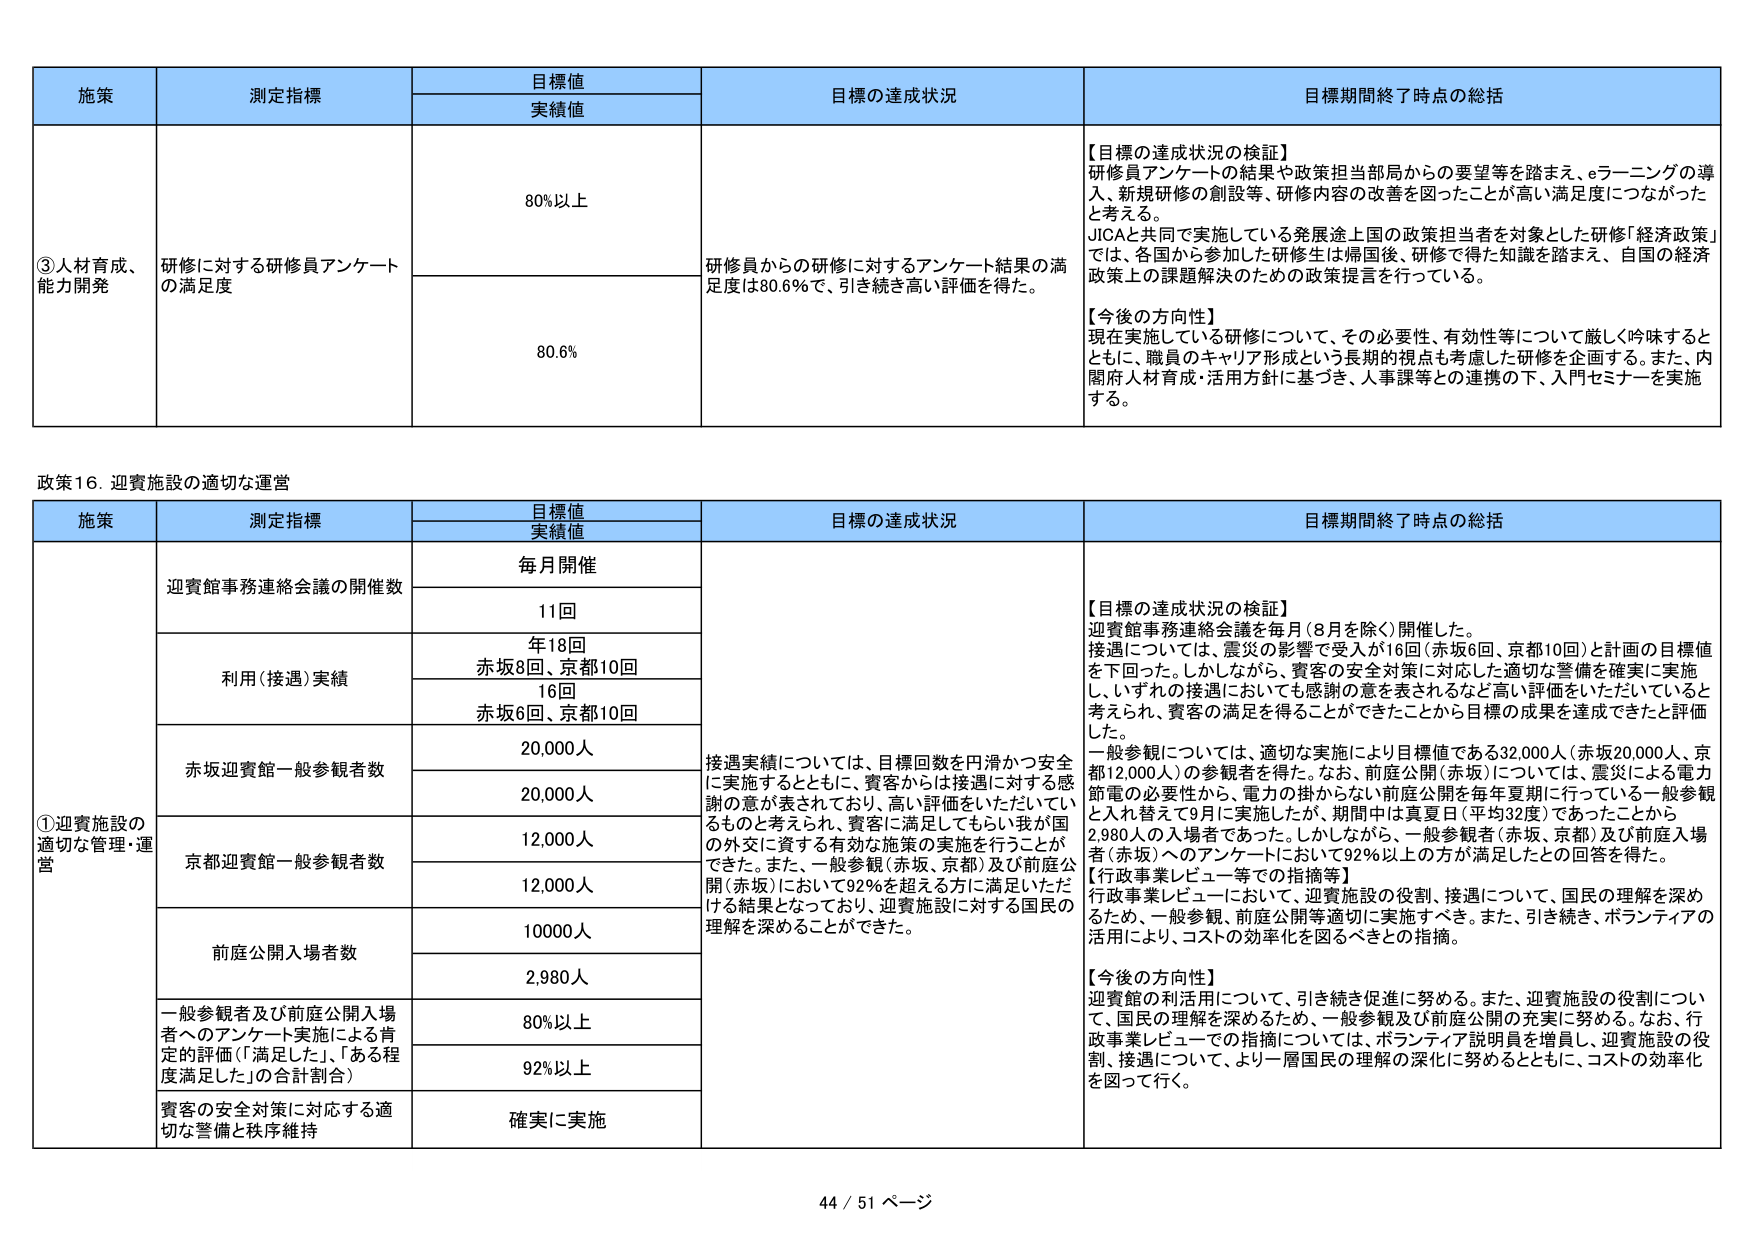
施策 測定指標 目標値 実績値 目標の達成状況 目標期間終了時点の総括 ③人材育成、能力開発 研修に対する研修員アンケートの満足度 80%以上 研修員からの研修に対するアンケート結果の満足度は80.6%で、引き続き高い評価を得た。 【目標の達成状況の検証】 研修員アンケートの結果や政策担当部局からの要望等を踏まえ、eラーニングの導入、新規研修の創設等、研修内容の改善を図ったことが高い満足度につながったと考える。 JICAと共同で実施している発展途上国の政策担当者を対象とした研修「経済政策」では、各国から参加した研修生は帰国後、研修で得た知識を踏まえ、自国の経済政策上の課題解決のための政策提言を行っている。 【今後の方向性】 現在実施している研修について、その必要性、有効性等について厳しく吟味するとともに、職員のキャリア形成という長期的視点も考慮した研修を企画する。また、内閣府人材育成・活用方針に基づき、人事課等との連携の下、入門セミナーを実施する。 80.6% 政策16. 迎賓施設の適切な運営 施策 測定指標 目標値 実績値 目標の達成状況 目標期間終了時点の総括 ①迎賓施設の適切な管理・運営 迎賓館事務連絡会議の開催数 毎月開催 11回 接遇実績については、目標回数を円滑かつ安全に実施するとともに、賓客からは接遇に対する感謝の意が表されており、高い評価をいただいているものと考えられ、賓客に満足してもらい我が国の外交に資する有効な施策の実施を行うことができた。また、一般参観（赤坂、京都）及び前庭公開（赤坂）において92％を超える方に満足いただける結果となっており、迎賓施設に対する国民の理解を深めることができた。 【目標の達成状況の検証】 迎賓館事務連絡会議を毎月（8月を除く）開催した。 接遇については、震災の影響で受入が16回（赤坂6回、京都10回）と計画の目標値を下回った。しかしながら、賓客の安全対策に対応した適切な警備を確実に実施し、いずれの接遇においても感謝の意を表されるなど高い評価をいただいていると考えられ、賓客の満足を得ることができたことから目標の成果を達成できたと評価した。 一般参観については、適切な実施により目標値である32,000人（赤坂20,000人、京都12,000人）の参観者を得た。なお、前庭公開（赤坂）については、震災による電力節電の必要性から、電力の掛けられない前庭公開を毎年夏期に行っている一般参観と入れ替えで9月に実施したが、期間中は真夏日（平均32度）であったことから2,980人の入場者であった。しかしながら、一般参観者（赤坂、京都）及び前庭入場者（赤坂）へのアンケートにおいて92％以上の方が満足したとの回答を得た。 【行政事業レビュー等での指摘等】 行政事業レビューにおいて、迎賓施設の役割、接遇について、国民の理解を深めるため、一般参観、前庭公開等適切に実施すべき。また、引き続き、ボランティアの活用により、コストの効率化を図るべきとの指摘。 【今後の方向性】 迎賓館の利活用について、引き続き促進に努める。また、迎賓施設の役割について、国民の理解を深めるため、一般参観及び前庭公開の充実に努める。なお、行政事業レビューでの指摘については、ボランティア説明員を増員し、迎賓施設の役割、接遇について、より一層国民の理解の深化に努めるとともに、コストの効率化を図って行く。 年18回 赤坂8回、京都10回 利用（接遇）実績 16回 赤坂6回、京都10回 赤坂迎賓館一般参観者数 20,000人 20,000人 京都迎賓館一般参観者数 12,000人 12,000人 前庭公開入場者数 10000人 2,980人 一般参観者及び前庭公開入場者へのアンケート実施による肯定的評価（「満足した」、「ある程度満足した」の合計割合） 80%以上 92%以上 賓客の安全対策に対応する適切な警備と秩序維持 確実に実施 44 / 51 ページ